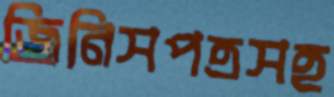
জিনিসপত্রসহ